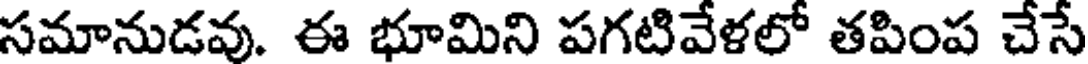
సమానుడవు. ఈ భూమిని పగటివేళలో తపింప చేసే